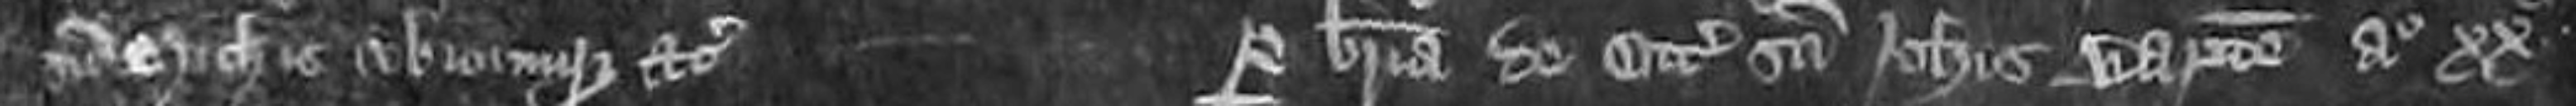
Sancti Michaelis ubicumque etc        Per brevia de Octabis Sancti Johannis Baptiste Anno xx